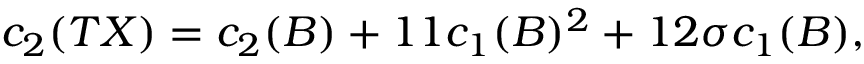
c _ { 2 } ( T X ) = c _ { 2 } ( B ) + 1 1 c _ { 1 } ( B ) ^ { 2 } + 1 2 \sigma c _ { 1 } ( B ) ,